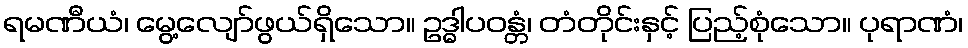
ရမဏီယံ၊ မွေ့လျော်ဖွယ်ရှိသော။ ဥဒ္ဓါပဝန္တံ၊ တံတိုင်းနှင့် ပြည့်စုံသော။ ပုရာဏံ၊